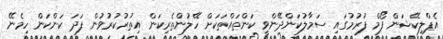
އެޕްލިކޭޝަން ފޯމް ފުރުމުގައި ސަމާލުކަންދޭންވީ ކަންތައްތަކަށް ހޭލުންތެރިކަން އިތުރުކުރުވުން ފަދަ ކަންކަން ހިމެނޭ